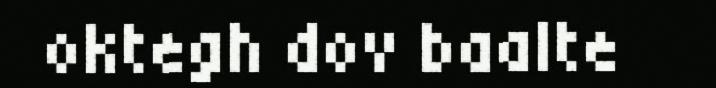
oktegh dov baalte